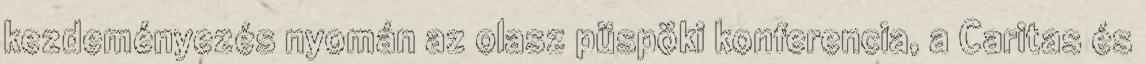
kezdeményezés nyomán az olasz püspöki konferencia, a Caritas és